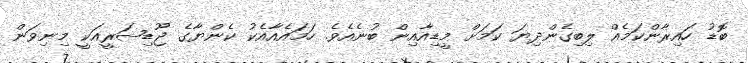
ބޮޑު ހައިރާންކަމެއް ލިބިގެންދިޔަ ކަމަށް މީޑިއާއިން ބުނެއެވެ. ހަމައެއާއެކު ކެންޔާގެ ޖޫޑިޝަރީއަކީ މިނިވަން